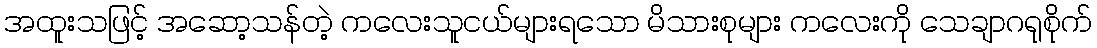
အထူးသဖြင့် အဆော့သန်တဲ့ ကလေးသူငယ်များရသော မိသားစုများ ကလေးကို သေချာဂရုစိုက်